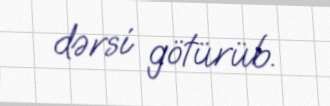
dərsi götürüb.